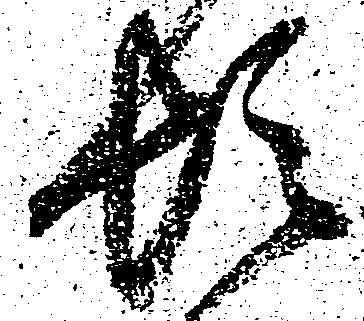
頓